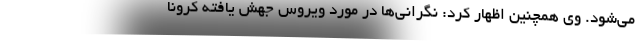
می‌شود. وی همچنین اظهار کرد: نگرانی‌ها در مورد ویروس جهش یافته کرونا